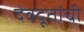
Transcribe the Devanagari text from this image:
देवदूतांची